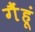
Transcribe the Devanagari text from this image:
गैंहूं